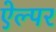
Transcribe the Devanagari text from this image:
ऐल्पर